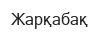
Жарқабақ